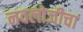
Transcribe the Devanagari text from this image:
नवलोजीचा